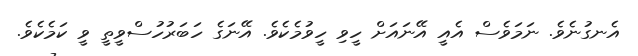
އެނގުނެވެ. ނަމަވެސް އެއީ އޭނައަށް ހީވި ހީވުމެކެވެ. އޭނަގެ ހަބަރުހުސްވީތީ ވީ ކަމެކެވެ.